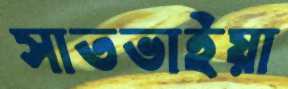
সাতভাইয়া